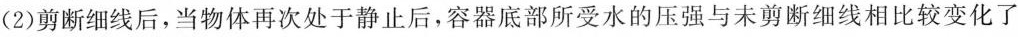
(2)剪断细线后，当物体再次处于静止后，容器底部所受水的压强与未剪断细线相比较变化了